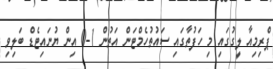
ޕްރިމިއާ ލީގުގައި މި ހަފުތާގައި ސައުތުހެމްޓަން އަތުން 1-0 އިން ޔުނައިޓެޑް ބަލިވި